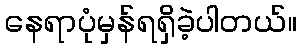
နေရာပုံမှန်ရရှိခဲ့ပါတယ်။